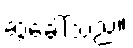
ဆွဲခေါ်သည်။